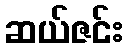
ဆယ်ဇင်း